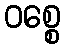
ဝစ္စေ